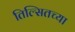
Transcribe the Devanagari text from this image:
तिल्सितच्या